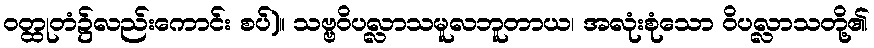
ဝတ္ထုတံ၌လည်းကောင်း စပ်)။ သဗ္ဗဝိပလ္လာသမူလဘူတာယ၊ အလုံးစုံသော ဝိပလ္လာသတို့၏